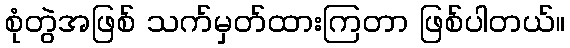
စုံတွဲအဖြစ် သက်မှတ်ထားကြတာ ဖြစ်ပါတယ်။